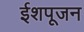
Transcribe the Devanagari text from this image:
ईशपूजन